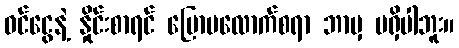
ဝင်ငွေနဲ့ နှိုင်းစာရင် ပြောပလောက်စရာ ဘာမှ မရှိပါဘူး။